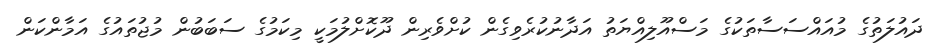
ދައުލަތުގެ މުއައްސަސާތަކުގެ މަސްއޫލިއްޔަތު އަދާނުކުރެވިގެން ކުށްވެރިން ދޫކޮށްލުމަކީ މިކަމުގެ ސަބަބުން މުޖުތައުގެ އަމާންކަން